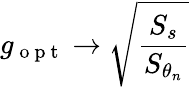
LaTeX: g_{\mathrm{~o~p~t~}}\rightarrow\sqrt{\frac{S_{s}}{S_{\theta_{n}}}}